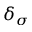
\delta _ { \sigma }